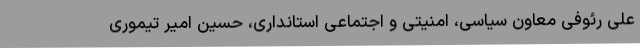
علی رئوفی معاون سیاسی، امنیتی و اجتماعی استانداری، حسین امیر تیموری